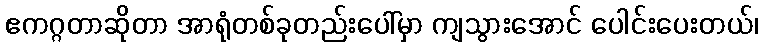
ဧကဂ္ဂတာဆိုတာ အာရုံတစ်ခုတည်းပေါ်မှာ ကျသွားအောင် ပေါင်းပေးတယ်၊